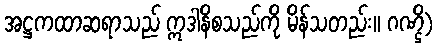
အဋ္ဌကထာဆရာသည် ဣဒါနိစသည်ကို မိန်သတည်း။ ဂဏ္ဌိ)